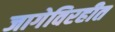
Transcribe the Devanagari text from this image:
जागेविरहीत